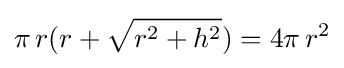
\pi \,r(r+{\sqrt {r^{2}+h^{2}}})=4\pi \,r^{2}